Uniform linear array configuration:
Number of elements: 64
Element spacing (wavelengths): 0.75
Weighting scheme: binomial
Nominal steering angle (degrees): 15
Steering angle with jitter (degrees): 16.634
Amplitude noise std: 0.05
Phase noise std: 0.05

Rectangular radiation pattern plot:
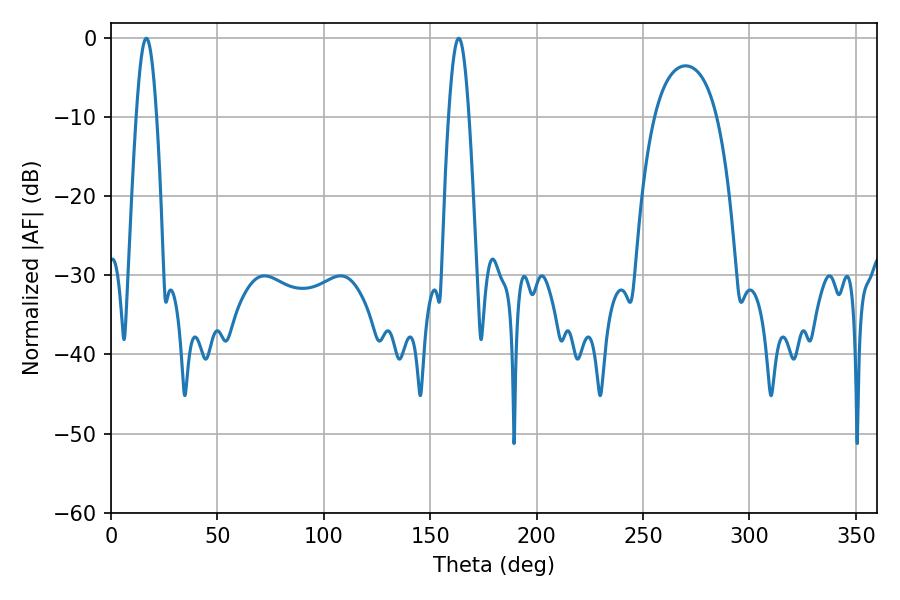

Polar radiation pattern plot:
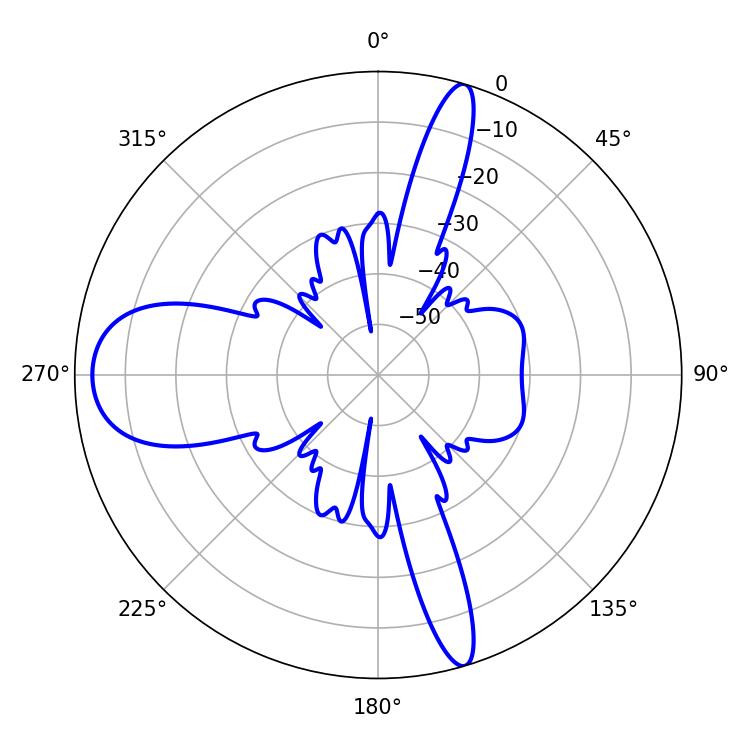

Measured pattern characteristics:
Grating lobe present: TRUE
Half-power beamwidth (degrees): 5.22
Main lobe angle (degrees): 16.56